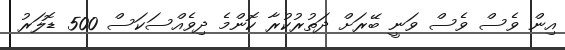
އިން ވެސް ވެސް ވަނީ ބޭރަށް ދަތުރުކުރާ ކޮންމެ ދިވެއްސަކަސް 500 ޑޮލަރު